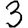
Digit: 3